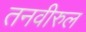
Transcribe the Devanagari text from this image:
तनवीरुल